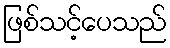
ဖြစ်သင့်ပေသည်